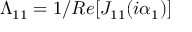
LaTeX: \Lambda _ { 1 1 } = 1 / R e [ J _ { 1 1 } ( i \alpha _ { 1 } ) ]